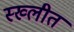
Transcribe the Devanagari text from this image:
स्ख्लीत